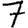
Digit: 7